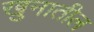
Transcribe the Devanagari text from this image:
खुनातील